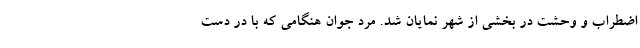
اضطراب و وحشت در بخشی از شهر نمایان شد. مرد جوان هنگامی که با در دست